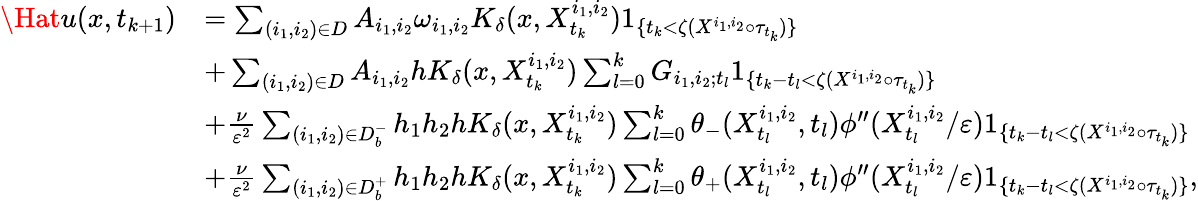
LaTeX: \begin{array}{rl}{\Hat{u}(x,t_{k+1})}&{=\sum_{(i_{1},i_{2})\in D}A_{i_{1},i_{2}}\omega_{i_{1},i_{2}}K_{\delta}(x,X_{t_{k}}^{i_{1},i_{2}})1_{\{ t_{k}<\zeta(X^{i_{1},i_{2}}\circ\tau_{t_{k}})\} }}\\ &{+\sum_{(i_{1},i_{2})\in D}A_{i_{1},i_{2}}hK_{\delta}(x,X_{t_{k}}^{i_{1},i_{2}})\sum_{l=0}^{k}G_{i_{1},i_{2};t_{l}}1_{\{ t_{k}-t_{l}<\zeta(X^{i_{1},i_{2}}\circ\tau_{t_{k}})\} }}\\ &{+\frac{\nu}{\varepsilon^{2}}\sum_{(i_{1},i_{2})\in D_{b}^{-}}h_{1}h_{2}hK_{\delta}(x,X_{t_{k}}^{i_{1},i_{2}})\sum_{l=0}^{k}\theta_{-}(X_{t_{l}}^{i_{1},i_{2}},t_{l})\phi^{\prime\prime}(X_{t_{l}}^{i_{1},i_{2}}/\varepsilon)1_{\{ t_{k}-t_{l}<\zeta(X^{i_{1},i_{2}}\circ\tau_{t_{k}})\} }}\\ &{+\frac{\nu}{\varepsilon^{2}}\sum_{(i_{1},i_{2})\in D_{b}^{+}}h_{1}h_{2}hK_{\delta}(x,X_{t_{k}}^{i_{1},i_{2}})\sum_{l=0}^{k}\theta_{+}(X_{t_{l}}^{i_{1},i_{2}},t_{l})\phi^{\prime\prime}(X_{t_{l}}^{i_{1},i_{2}}/\varepsilon)1_{\{ t_{k}-t_{l}<\zeta(X^{i_{1},i_{2}}\circ\tau_{t_{k}})\} },}\end{array}